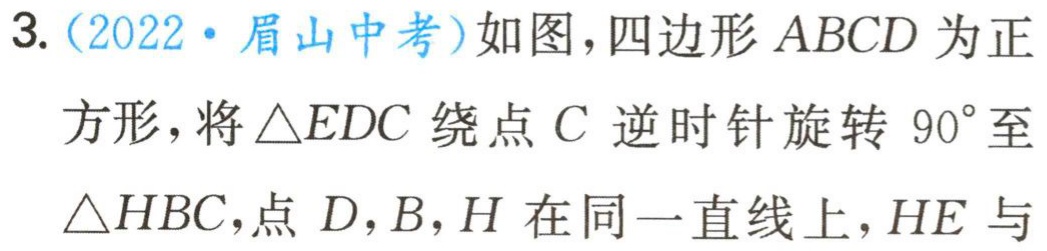
3. (2022·眉山中考)如图，四边形 \(ABCD\) 为正方形，将 \(\triangle EDC\) 绕点 \(C\) 逆时针旋转 \(90^{\circ}\) 至 \(\triangle HBC\)，点 \(D,B,H\) 在同一直线上，\(HE\) 与